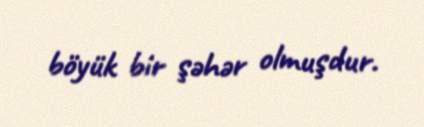
böyük bir şəhər olmuşdur.